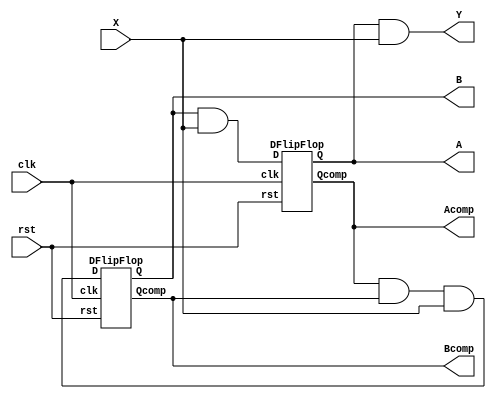
module seqgenerator(A,B,Acomp,Bcomp,Y,X,clk,rst);

input clk,rst,X;
output A,B,Acomp,Bcomp,Y;
wire DA,DB;

and(DA,B,X);
and(DB,Acomp,Bcomp,X);
and(Y,A,X);

DFlipFlop DF1(A,Acomp,DA,clk,rst);
DFlipFlop DF2(B,Bcomp,DB,clk,rst);

endmodule

module DFlipFlop(Q,Qcomp,D,clk,rst);

input D,clk,rst;
output reg Q,Qcomp;

always @(clk | rst)
begin
   if(rst == 1)
     begin 
       Q = 0;
       Qcomp = 1;
     end
end

always @(posedge clk)
begin
   Q = D;
   Qcomp = ~Q;
end

endmodule